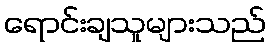
ရောင်းချသူများသည်